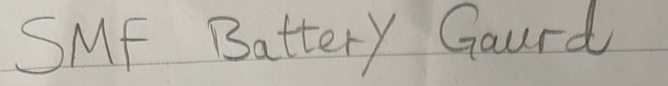
Text: SMF Battery Gaurd